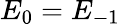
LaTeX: E_{0}=E_{-1}